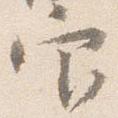
官